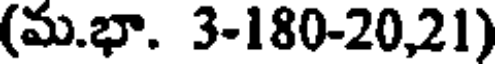
(మ.భా. 3-180-20,21)